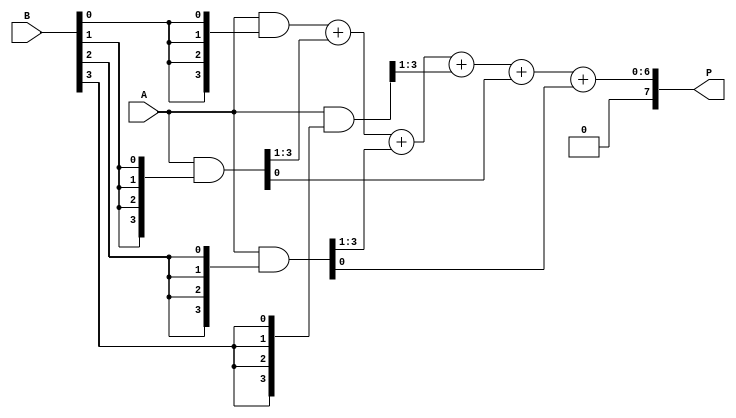
module Unfolded_Wallace_Tree_Multiplier (
    input [3:0] A,         // 4-bit multiplicand
    input [3:0] B,         // 4-bit multiplier
    output reg [7:0] P     // 8-bit product
);

    // Partial product generation
    wire [3:0] pp0, pp1, pp2, pp3;
    
    assign pp0 = A & {4{B[0]}}; // A * B[0]
    assign pp1 = A & {4{B[1]}}; // A * B[1]
    assign pp2 = A & {4{B[2]}}; // A * B[2]
    assign pp3 = A & {4{B[3]}}; // A * B[3]

    // Intermediate sums and carries
    wire [4:0] sum0, sum1, sum2, carry0, carry1;

    // Stage 1 reduction
    assign sum0 = pp0 + {1'b0, pp1[3:1]}; // Add pp0 and shifted pp1
    assign carry0 = pp1[0]; // Carry from pp1

    // Stage 2 reduction
    assign sum1 = sum0 + {1'b0, pp2[3:1]}; // Add sum0 and shifted pp2
    assign carry1 = pp2[0]; // Carry from pp2

    // Final reduction
    wire [4:0] final_sum;
    assign final_sum = sum1 + {1'b0, pp3[3:1]}; // Add sum1 and shifted pp3

    // Final output computation
    always @(*) begin
        P = final_sum + carry0 + carry1; // Combine results to produce final product
    end

endmodule